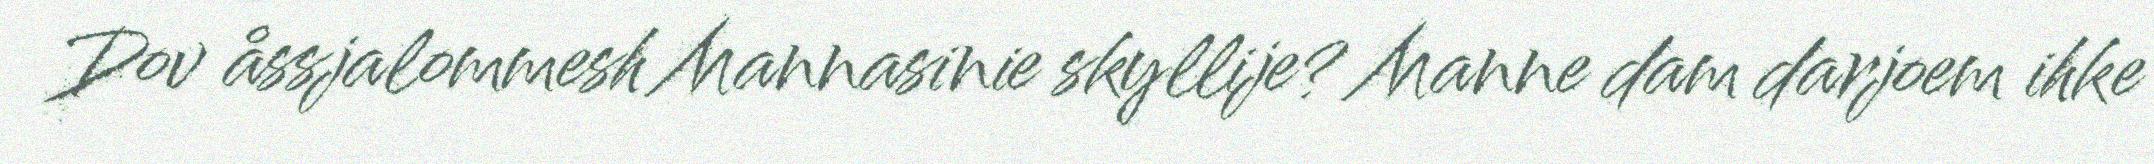
Dov åssjalommesh Mannasinie skyllije? Manne dam darjoem ihke